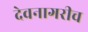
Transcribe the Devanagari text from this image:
देवनागरीच